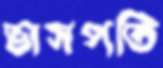
ভাসপতি